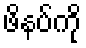
ဖိနပ်ကို